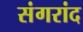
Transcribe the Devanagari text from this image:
संगरांद